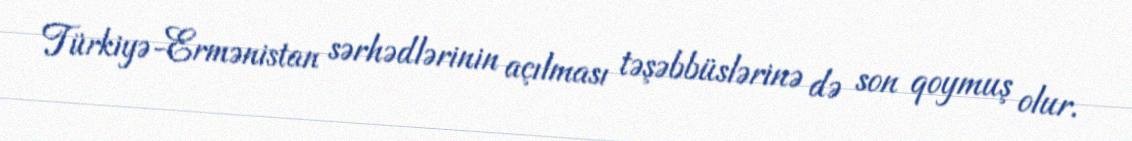
Türkiyə-Ermənistan sərhədlərinin açılması təşəbbüslərinə də son qoymuş olur.